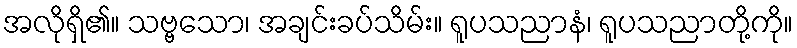
အလိုရှိ၏။ သဗ္ဗသော၊ အချင်းခပ်သိမ်း။ ရူပသညာနံ၊ ရူပသညာတို့ကို။